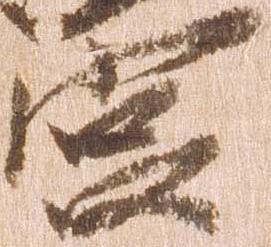
宮